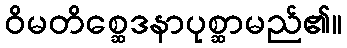
ဝိမတိစ္ဆေဒနာပုစ္ဆာမည်၏။